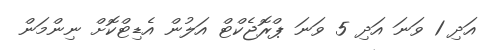
އަދި 1 ވަނަ އަދި 5 ވަނަ ޕްރޮޖެކްޓް އަލުން އެޑިޓްކޮށް ނިންމަން